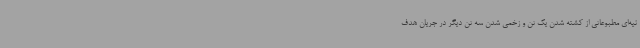
نیه‌ای مطبوعاتی از کشته شدن یک تن و زخمی شدن سه تن دیگر در جریان هدف